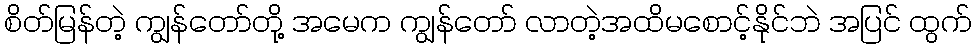
စိတ်မြန်တဲ့ ကျွန်တော်တို့ အမေက ကျွန်တော် လာတဲ့အထိမစောင့်နိုင်ဘဲ အပြင် ထွက်